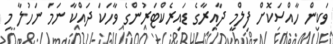
ވަކިން ހާއްސަކޮށް ފިލްމީ ދާއިރާގެ ޑައިރެކްޓަރުންގެ ވާހަކަ ދައްކާ ނަމަ ނަހުލާ މި